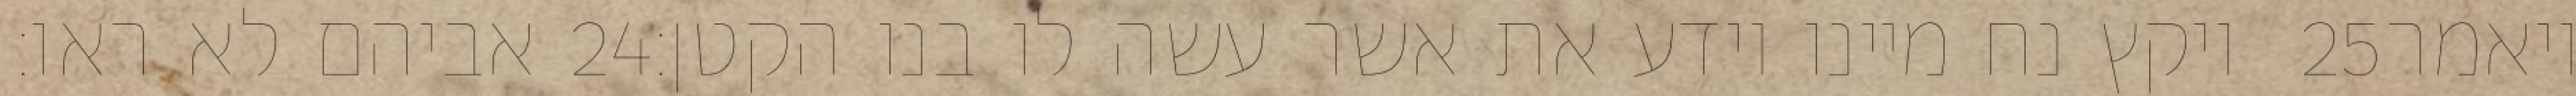
אביהם לא ראו׃ ‎24‏ ויקץ נח מיינו וידע את אשר עשה לו בנו הקטן׃ ‎25‏ ויאמר